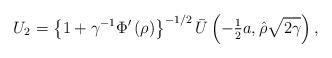
LaTeX: \begin{align*}U_{2}=\left\{ {1+\gamma^{-1}{\Phi}^{\prime}\left( \rho\right) }\right\}^{-1/2}\bar{{U}}\left( {-{\tfrac{1}{2}}a,\hat{{\rho}}\sqrt{2\gamma}}\right), \end{align*}